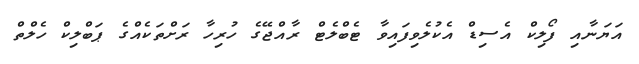
އަޔަނާއި ފޯލިކް އެސިޑް އެކުލެވިފައިވާ ޓެބްލެޓް ރާއްޖޭގެ ހުރިހާ ރަށްތަކެއްގެ ޕަބްލިކް ހެލްތް